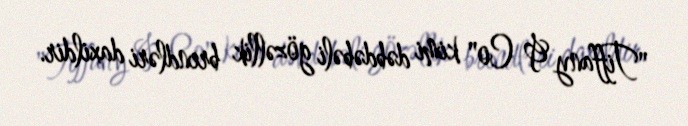
"Tiffany & Co" kimi dəbdəbəli gözəllik brendləri daxildir.